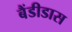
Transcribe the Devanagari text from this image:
बैंडीडास